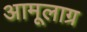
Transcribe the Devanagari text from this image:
अामूलाग्र